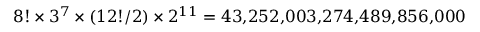
{ 8 ! \times 3 ^ { 7 } \times ( 1 2 ! / 2 ) \times 2 ^ { 1 1 } } = 4 3 { , } 2 5 2 { , } 0 0 3 { , } 2 7 4 { , } 4 8 9 { , } 8 5 6 { , } 0 0 0